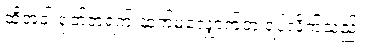
ထိုအခါ ရုတ်တရက် ဆက်မလျှောက်ဘဲ ရပ်လိုက်သည်။